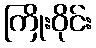
ကြိုးဝိုင်း